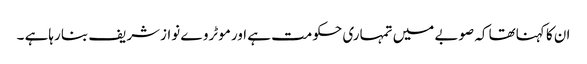
ان کا کہناتھا کہ صوبے میں تمہاری حکومت ہے اور موٹروے نوازشریف بنا رہاہے ۔